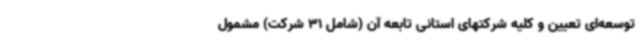
توسعه‌ای تعیین و کلیه شرکتهای استانی تابعه آن (شامل 31 شرکت) مشمول